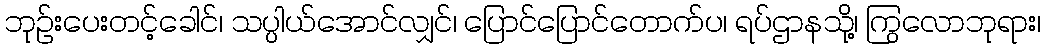
ဘုဉ်းပေးတင့်ခေါင်၊ သပ္ပါယ်အောင်လျှင်၊ ပြောင်ပြောင်တောက်ပ၊ ရပ်ဌာနသို့၊ ကြွလောဘုရား၊